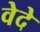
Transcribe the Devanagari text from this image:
वेदे